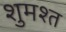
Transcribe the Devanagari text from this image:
शुमश्त